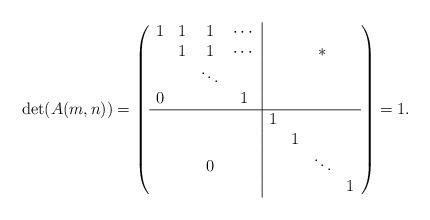
LaTeX: \begin{align*}\det(A(m,n))=\left({\begin{array}{cccc|cccc}1 & 1 & 1 & \cdots & & & \\ & 1 & 1 & \cdots & & & *\\ & & \ddots & & & & \\ 0& & & 1 & & \\\hline & & & &1& & & \\& & & && 1 & & \\& & 0& && & \ddots & \\& & & && & & 1\\\end{array}} \right)=1.\end{align*}